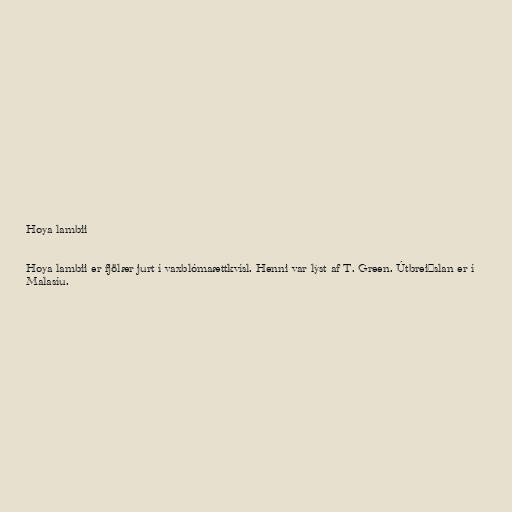
Hoya lambii

Hoya lambii er fjölær jurt í vaxblómaættkvísl. Henni var lýst af T. Green. Útbreiðslan er í
Malasíu.